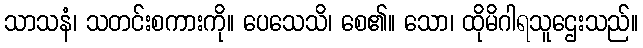
သာသနံ၊ သတင်းစကားကို။ ပေသေသိ၊ စေ၏။ သော၊ ထိုမိဂါရသူဌေးသည်။